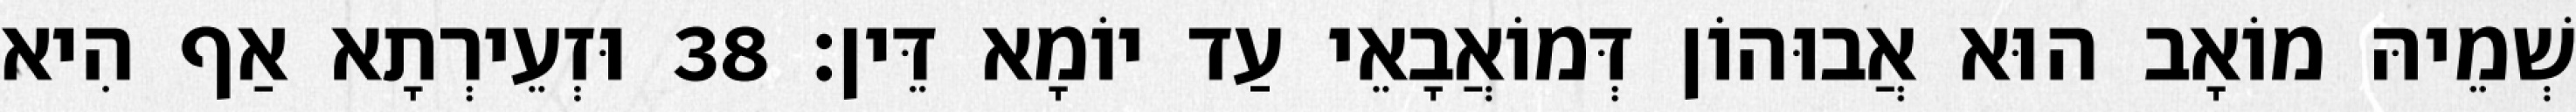
שְׁמֵיהּ מוֹאָב הוּא אֲבוּהוֹן דְּמוֹאֲבָאֵי עַד יוֹמָא דֵּין׃ 38 וּזְעֵירְתָא אַף הִיא